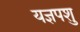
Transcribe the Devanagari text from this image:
यज्ञपशु